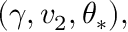
( \gamma , v _ { 2 } , \theta _ { \ast } ) ,